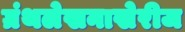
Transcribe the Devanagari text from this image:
ग्रंथलेखनाखेरीज